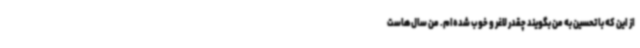
از این که با تحسین به من بگویند چقدر لاغر و خوب شده‌ام. من سال‌هاست